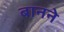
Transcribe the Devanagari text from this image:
बानने